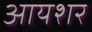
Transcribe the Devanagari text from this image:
आयशर